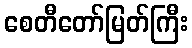
စေတီတော်မြတ်ကြီး